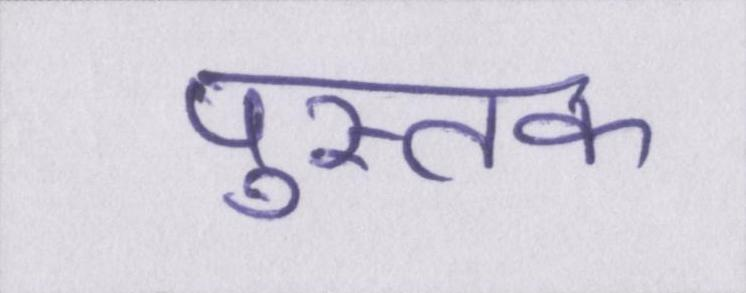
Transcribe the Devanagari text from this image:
पुस्तक